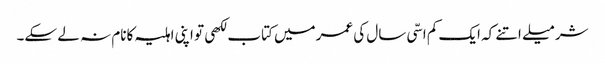
شرمیلے اتنے کہ ایک کم اسّی سال کی عمرمیں کتاب لکھی تو اپنی اہلیہ کانام نہ لے سکے۔